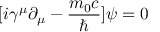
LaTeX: [ i \gamma ^ { \mu } \partial _ { \mu } - { \frac { m _ { 0 } c } { \hbar } } ] \psi = 0